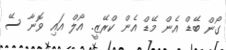
ގޯން ބޭޑް އެން މޭޑް އެން ކްރޭޒީ. އޯލް އައި ވޮނާ ސޭ